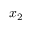
x _ { 2 }